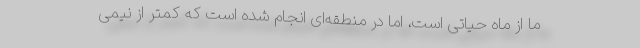
ما از ماه حیاتی است، اما در منطقه‌ای انجام شده است که کمتر از نیمی